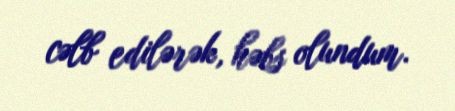
cəlb edilərək, həbs olundum.